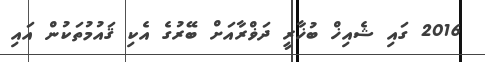
2016 ގައި ޝެއިޚް ބުޚާރީ ދަޥްރާއަށް ބޭރުގެ އެކި ޤައުމުތަކުން އައި